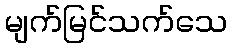
မျက်မြင်သက်သေ